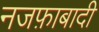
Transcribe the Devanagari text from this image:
नजफ़ाबादी